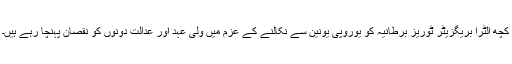
کچھ الٹرا بریگزیٹر ٹوریز برطانیہ کو یوروپی یونین سے نکالنے کے عزم میں ولی عہد اور عدالت دونوں کو نقصان پہنچا رہے ہیں۔